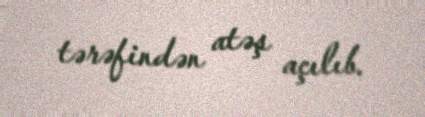
tərəfindən atəş açılıb.